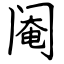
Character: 阉